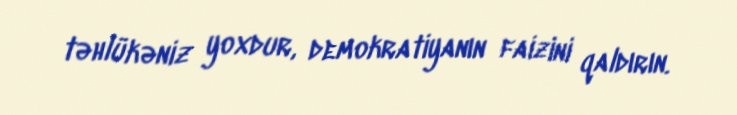
təhlükəniz yoxdur, demokratiyanın faizini qaldırın.